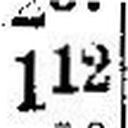
112